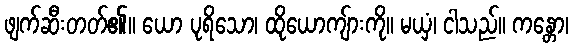
ဖျက်ဆီးတတ်၏။ ယော ပုရိသော၊ ထိုယောကျ်ားကို။ မယှံ၊ ငါသည်။ ကန္တော၊